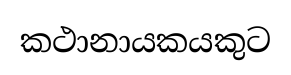
කථානායකයකුට